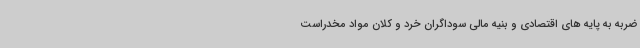
ضربه به پایه های اقتصادی و بنیه مالی سوداگران خرد و کلان مواد مخدراست